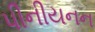
પીનીયનન